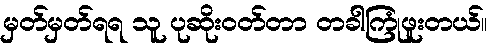
မှတ်မှတ်ရရ သူ ပုဆိုးဝတ်တာ တခါကြုံဖူးတယ်။